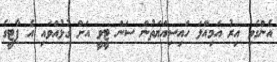
އެންގެވި އިރު އަމިއްލަ ހައިސިއްޔަތުން ސަން ޓީވީ އަށް ގުޅުއްވައި އެ ޕާޓީގެ